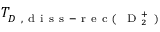
T _ { D \mathrm { ~ , ~ d ~ i ~ s ~ s ~ - ~ r ~ e ~ c ~ ( ~ } \mathrm { ~ D ~ } _ { 2 } ^ { + } \mathrm { ~ ) ~ } }